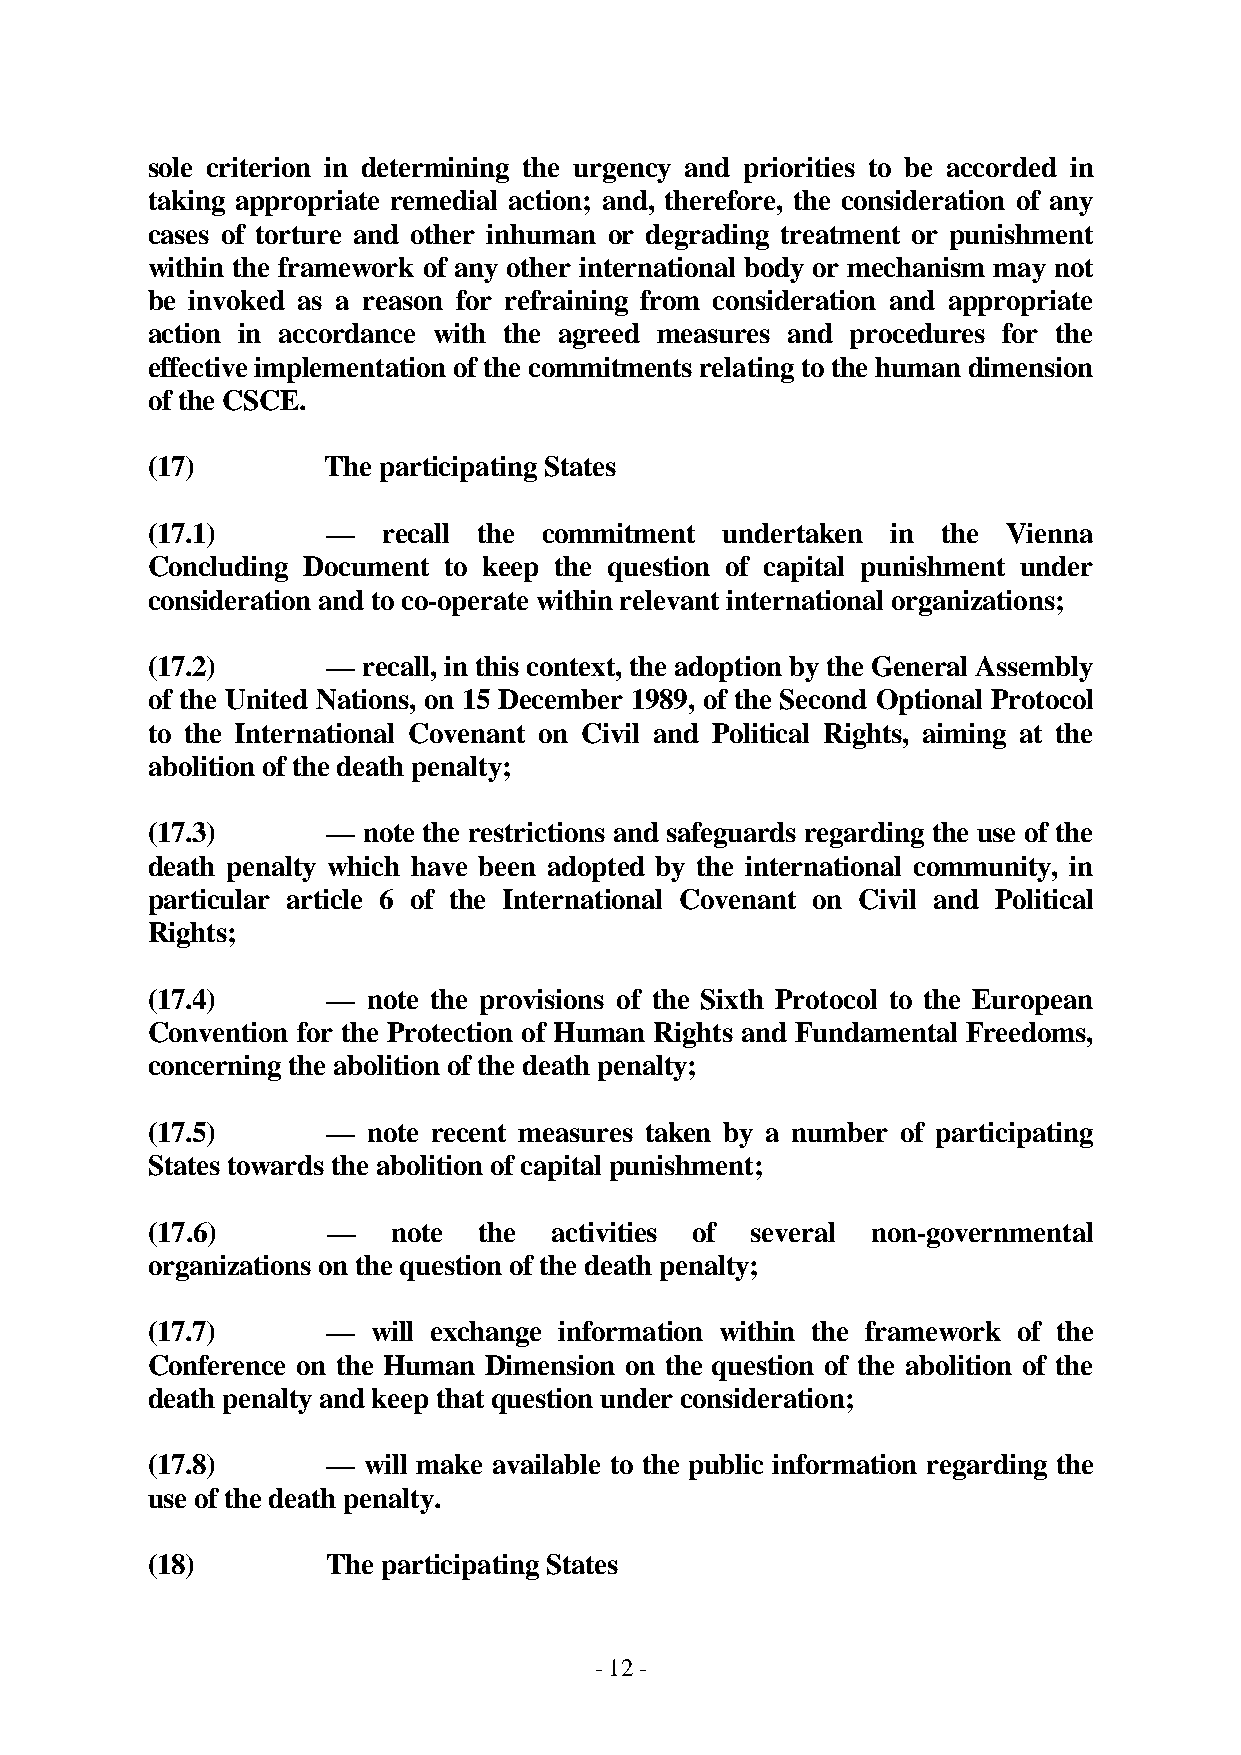
sole criterion in determining the urgency and priorities to be accorded in
 taking appropriate remedial action; and, therefore, the consideration of any
 cases of torture and other inhuman or degrading treatment or punishment
 within the framework of any other international body or mechanism may not
 be invoked as a reason for refraining from consideration and appropriate
 action in accordance with the agreed measures and procedures for the
 effective implementation of the commitments relating to the human dimension
 of the CSCE.
 (17)        The participating States
 (17.1)      —  recall the commitment  undertaken in the  Vienna
 Concluding Document to keep the question of capital punishment under
 consideration and to co-operate within relevant international organizations;
 (17.2)      — recall, in this context, the adoption by the General Assembly
 of the United Nations, on 15 December 1989, of the Second Optional Protocol
 to the International Covenant on Civil and Political Rights, aiming at the
 abolition of the death penalty;
 (17.3)      — note the restrictions and safeguards regarding the use of the
 death penalty which have been adopted by the international community, in
 particular article 6 of the International Covenant on Civil and Political
 Rights;
 (17.4)      — note the provisions of the Sixth Protocol to the European
 Convention for the Protection of Human Rights and Fundamental Freedoms,
 concerning the abolition of the death penalty;
 (17.5)      — note recent measures taken by a number of participating
 States towards the abolition of capital punishment;
 (17.6)      —   note  the activities of several non-governmental
 organizations on the question of the death penalty;
 (17.7)      —  will exchange information within the framework of the
 Conference on the Human Dimension on the question of the abolition of the
 death penalty and keep that question under consideration;
 (17.8)      — will make available to the public information regarding the
 use of the death penalty.
 (18)        The participating States
 - 12 -